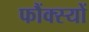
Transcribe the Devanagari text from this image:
फौंक्स्यों